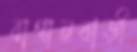
বাগানবাড়ী